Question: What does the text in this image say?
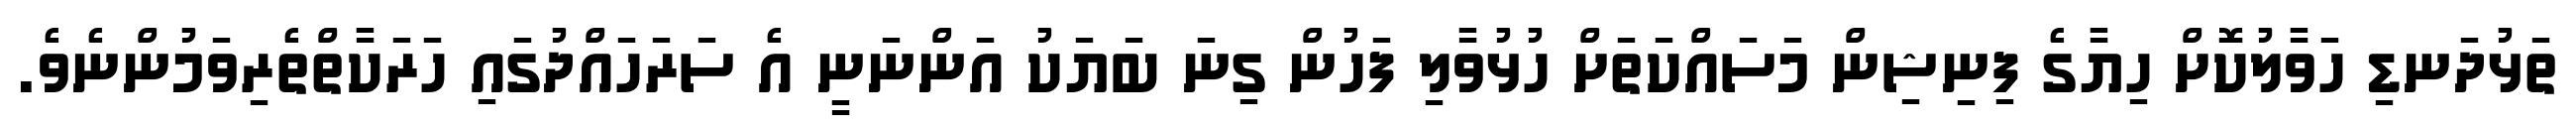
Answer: ތަޅުދަނޑި ހަވާލުކޮށް ހިޔާގެ ފިނިޝިން މަސައްކަތަށް ހުޅުވާލި ފަހުން ގިނަ ބަޔަކު އަންނަނީ އެ ސަރަހައްދުގައި ހަރަކާތްތެރިވަމުންނެވެ.